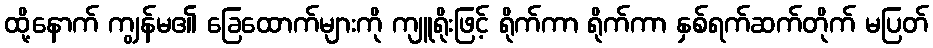
ထို့နောက် ကျွန်မ၏ ခြေထောက်များကို ကျူရိုးဖြင့် ရိုက်ကာ ရိုက်ကာ နှစ်ရက်ဆက်တိုက် မပြတ်